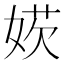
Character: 𡞁